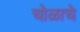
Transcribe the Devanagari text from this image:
चोळाचे